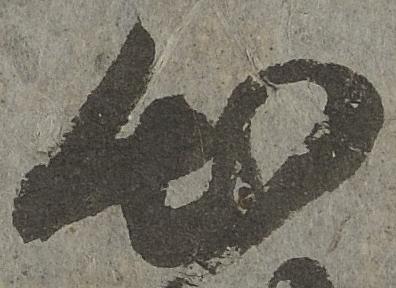
出